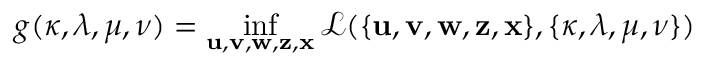
g ( \boldsymbol { \kappa , \lambda , \mu , \nu } ) = \operatorname* { i n f } _ { \mathbf { u , v , w , z , x } } \mathcal { L } ( \{ \mathbf { u , v , w , z , x } \} , \{ \boldsymbol { \kappa , \lambda , \mu , \nu } \} )